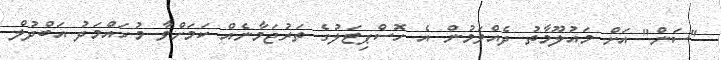
"ސަން" އަށް މައުލޫމާތު ދެއްވަމުން އެ ހޮސްޕިޓަލުގެ ތަރުޖަމާނެއް ކަމަށްވާ މުހައްމަދު އަބްދުލް